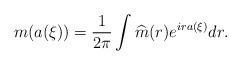
LaTeX: \begin{align*}m(a(\xi)) = \frac{1}{2\pi} \int \widehat{m}(r) e^{ira(\xi)} dr.\end{align*}